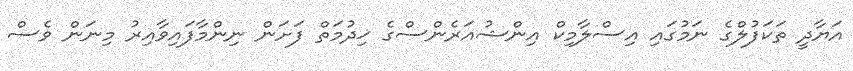
އަޔާދީ ތަކަފުލްގެ ނަމުގައި އިސްލާމިކް އިންޝުއަރެންސްގެ ޚިދުމަތް ފަށަން ނިންމާފައިވާއިރު މިނަން ވެސް